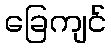
ခြေကျင်